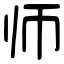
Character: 师